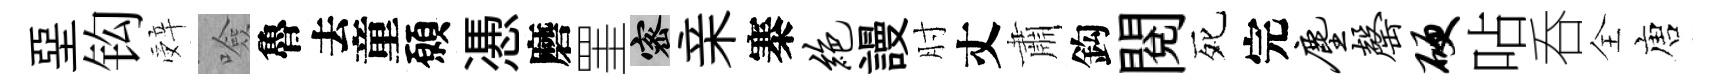
堊钩辤噞魯去童願慿磨罣密亲寨绝謾肘丈肅鈎閲死完尘罄硬呫呑全唐